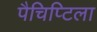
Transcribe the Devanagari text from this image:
पैचिप्टिला